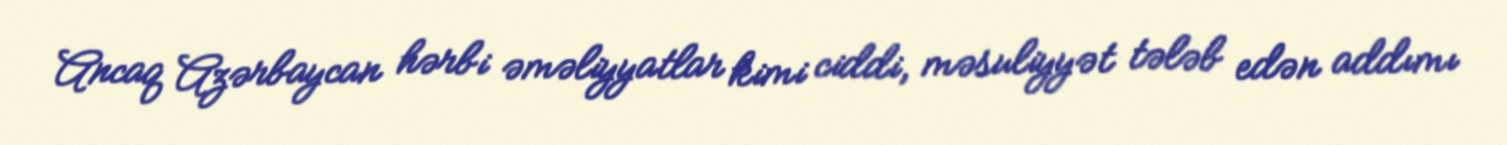
Ancaq Azərbaycan hərbi əməliyyatlar kimi ciddi, məsuliyyət tələb edən addımı